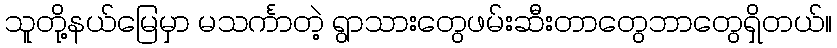
သူတို့နယ်မြေမှာ မသင်္ကာတဲ့ ရွာသားတွေဖမ်းဆီးတာတွေဘာတွေရှိတယ်။